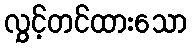
လွှင့်တင်ထားသော